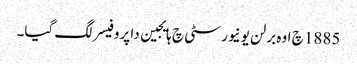
1885 چ اوہ برلن یونیورسٹی چ ہایجین دا پروفیسر لگ گیا۔